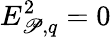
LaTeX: E_{\mathscr{P},q}^{2}=0